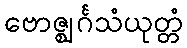
ဗောဇ္ဈင်္ဂသံယုတ္တံ